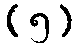
(၅)